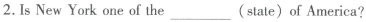
2.Is New York one of the___ (state)of America?